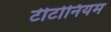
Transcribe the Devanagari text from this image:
टीटोनियम